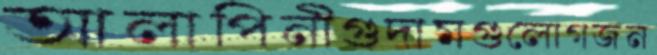
আলাপিনীগুদামগুলোগজন